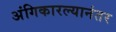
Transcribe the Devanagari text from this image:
अंगिकारल्यानंतर